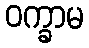
ဝက္ခာမ